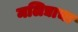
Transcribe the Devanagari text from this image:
मलिद्याचा